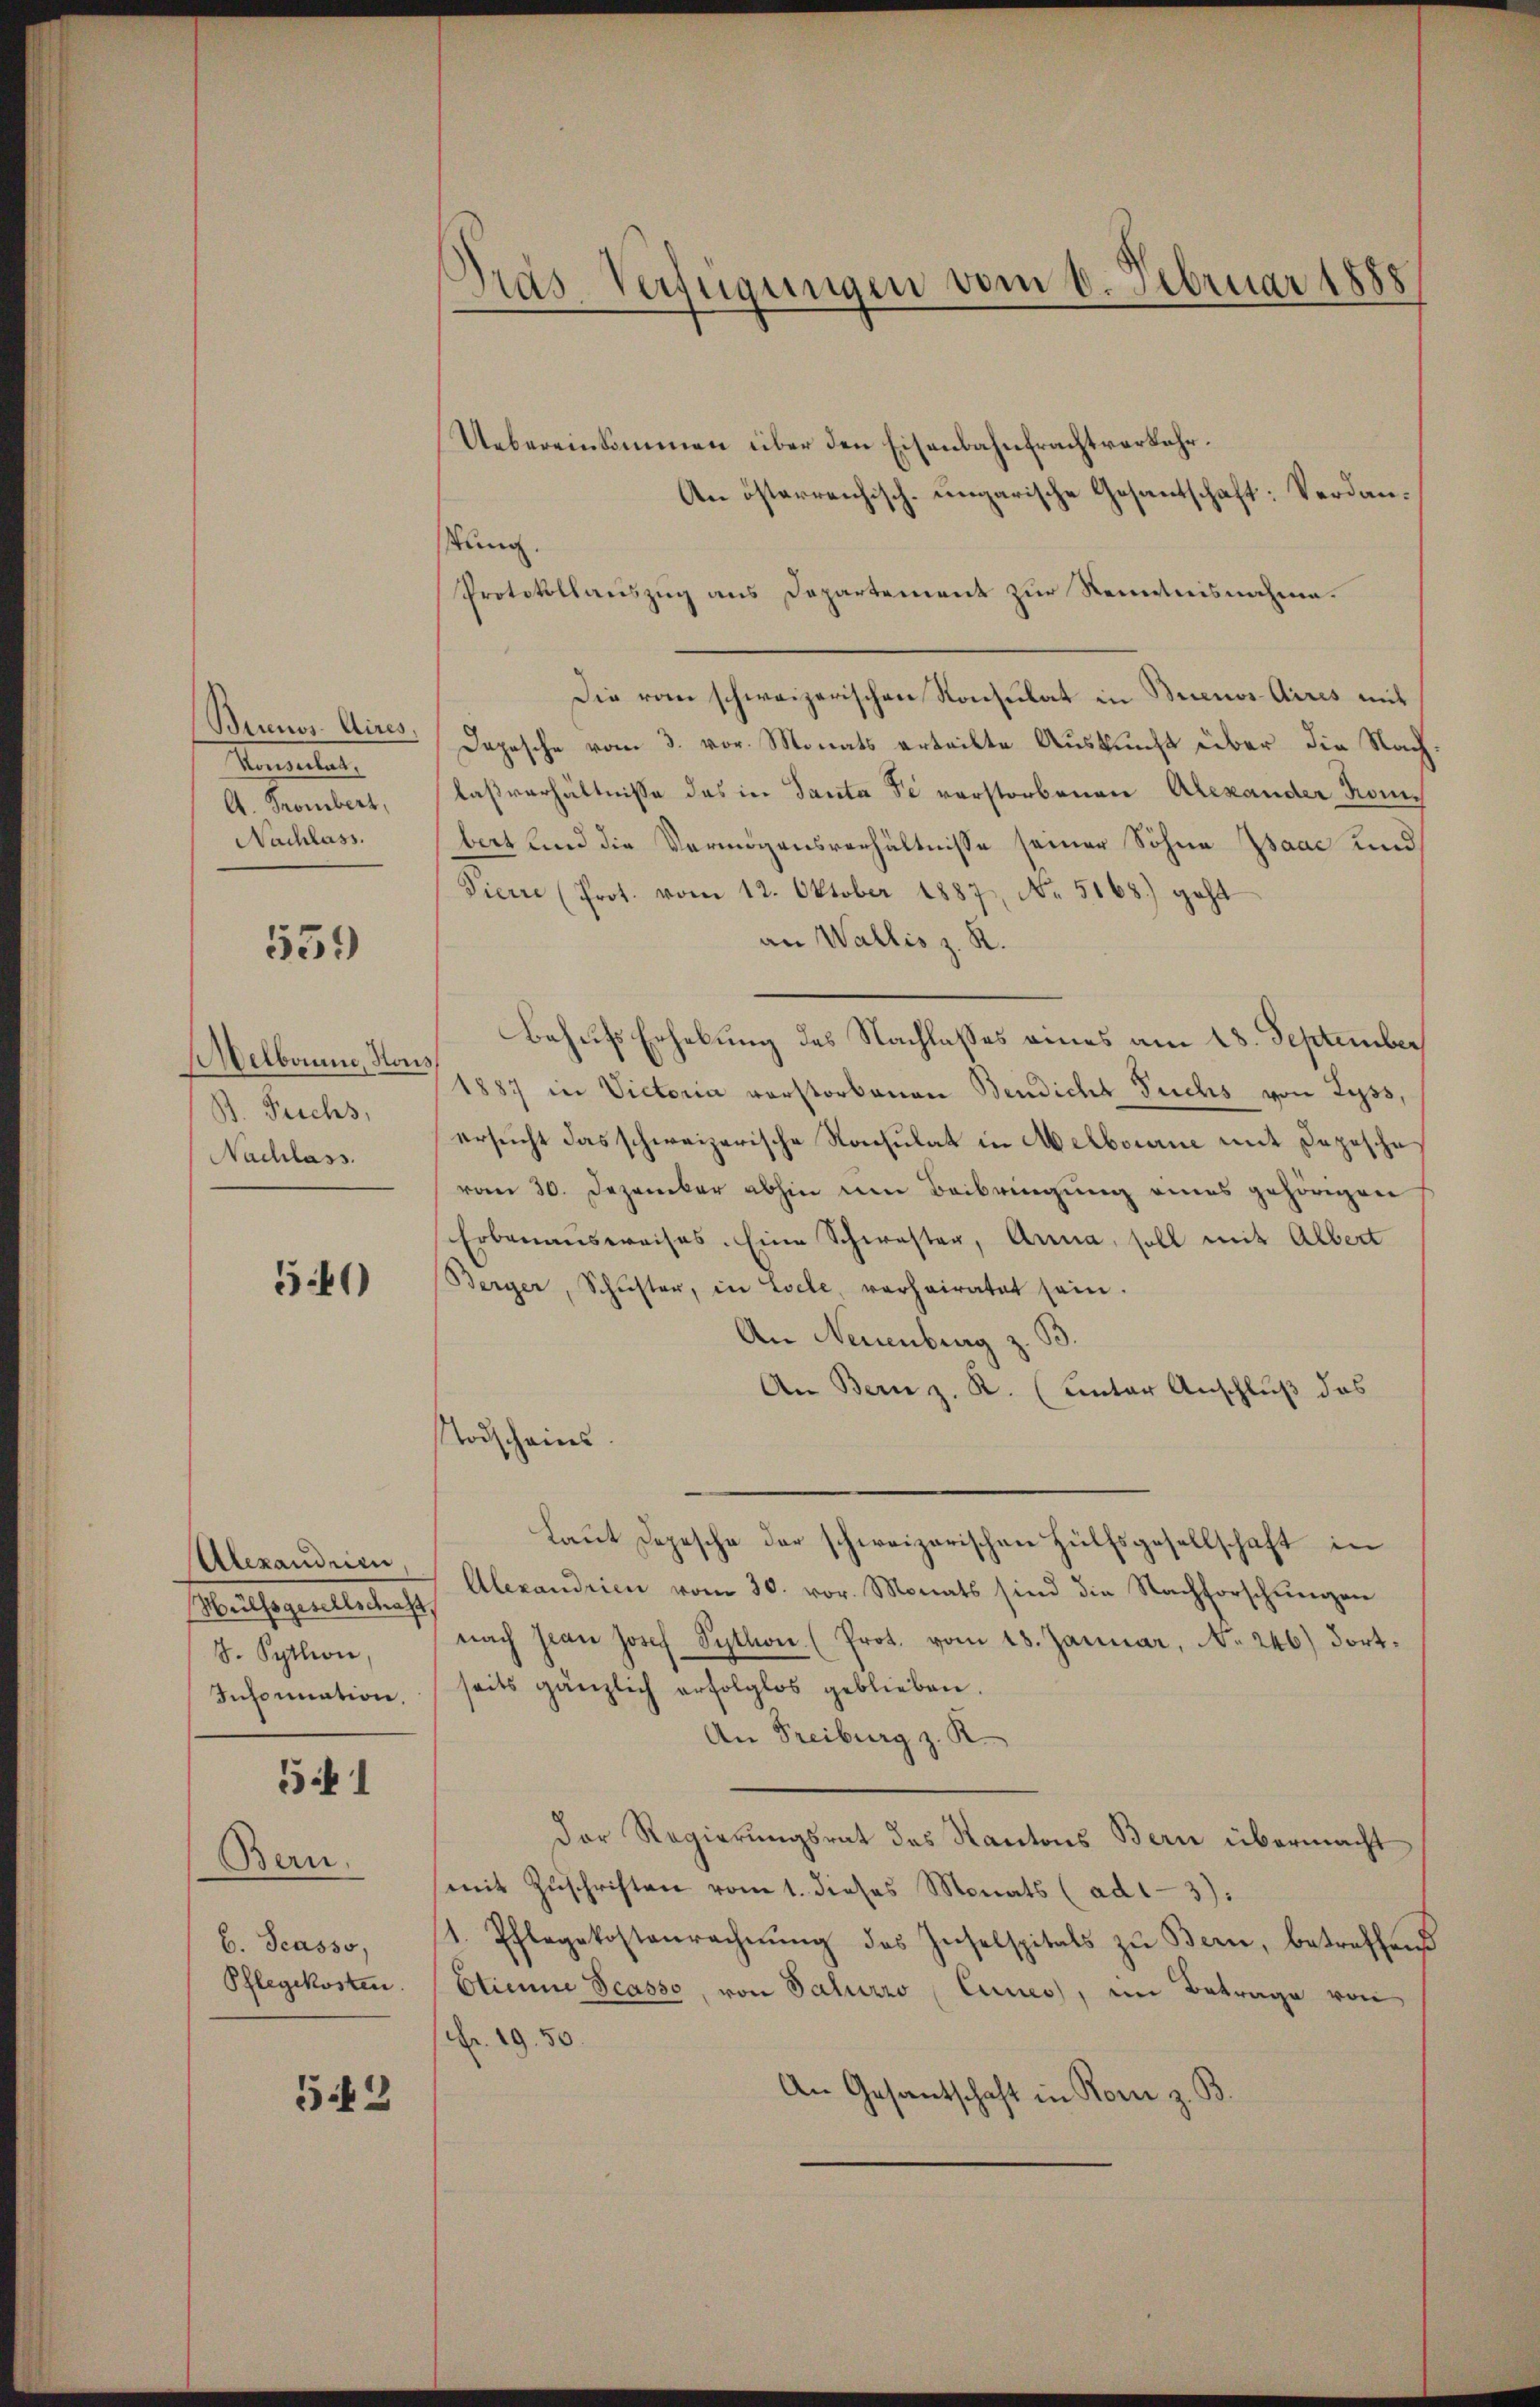
Brinos Aires,
Vereiter
A. Trombert,
Nachlass.

539

elbonne, Hous
B. Fuchs,
Nachlass.

50)

Alexandrien,
uthigenterlange
S. Sythion,
Infornation,

f 1

Bern.
b. Scasso,
Pflegekosten.

53

Dras Verfügungen vom 6. Februar 1885

Uebereinkommen über den Eisenbahnfrachtverkehr.
An österreichisch-ungarische Gesantschaft: Verdanssung.
Protokollauszug aus Departement zur Kenntnisnahme.
Die vom schweizerischen Konsulat in Buenos Aires mit
Depesche vom 3. vor. Monats erteilte Auskunft über die Nach
laßverhältnisse des in Tanta de vorstorbenen Alexander Kombert und die Vermögensverhältnisse seiner Sohne Isaac und
Pierre (Prot. vom 12. Oktober 1887, No. 5168) geht
an Wallis z. R.
Behufs Erhebung des Nachlasses eines am 18. September
1887 in Victoria vorstorbenen Bendicht Fuchs von Lyss,
ersucht das schweizerische Rachulat in Melbourne mit Depesche
vom 30. Dezember abhin um Beibringung eines gehörigen
Erbauensweises. Eine Schwester, Anna, soll mit Albert
Berger, Schŭster, in Esele, verheiratet sein.
An Neuenburg z. B.
An Bern z. R. (Lentar Anschluß das
Todscheins.
Laut Depesche der schweizerischen Hülfsgesellschaft in
Alexandrien vom 30. vor. Monats sind die Nachforschŭngen
nach Jean Josef Sython. (Prot. vom 18. Januar, No. 246) Fortseits gänzlich erfolglos geblieben.
An Freiburg z. R.
Der Regierungsrat des Kantons Bern übermacht
mit Zŭschriften vom 1. dieses Monats (ad1-3):
1. Pflegekostenrechnŭng des Inselspitals zŭ Bern, betreffend
Etienne Scasso, von Salurko Cunes, im Betrage von
Fr. 19. 50.
An Gesantschaft in Rom z. B.